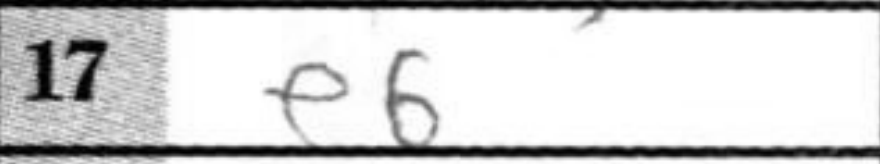
Transcription: e6